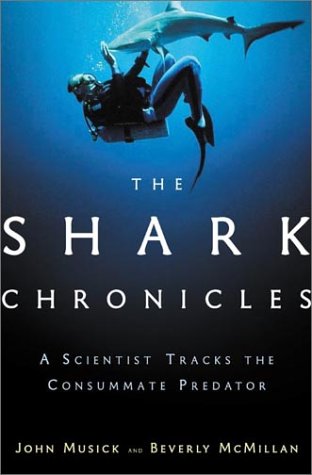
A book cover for The Shark Chronicles: A Scientist Tracks the Consummate Predator; John Musick; Sports & Outdoors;